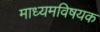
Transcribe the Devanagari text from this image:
माध्यमविषयक